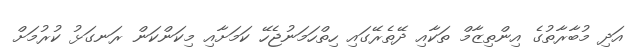
އަދި މުބާރާތުގެ އިންތިޒާމް ތަކާއި ދޭތެރޭގައި ހިތްހަމަނުޖެހޭ ކަމަށާއި މިކަންކަން ރަނގަޅު ކުރުމަށް